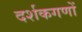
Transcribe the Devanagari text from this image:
दर्शकगणों